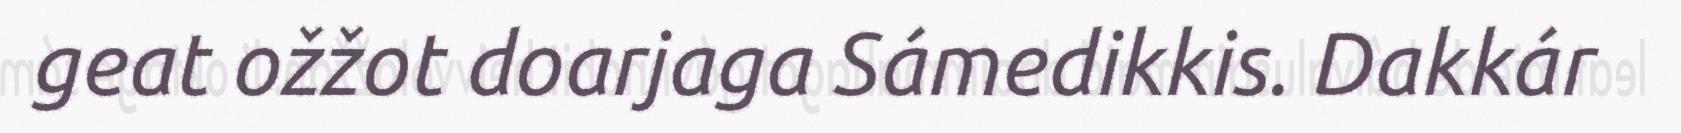
geat ožžot doarjaga Sámedikkis. Dakkár